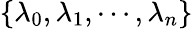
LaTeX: \{ \lambda_{0},\lambda_{1},\dotsb,\lambda_{n}\}